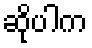
ဆိုပါက